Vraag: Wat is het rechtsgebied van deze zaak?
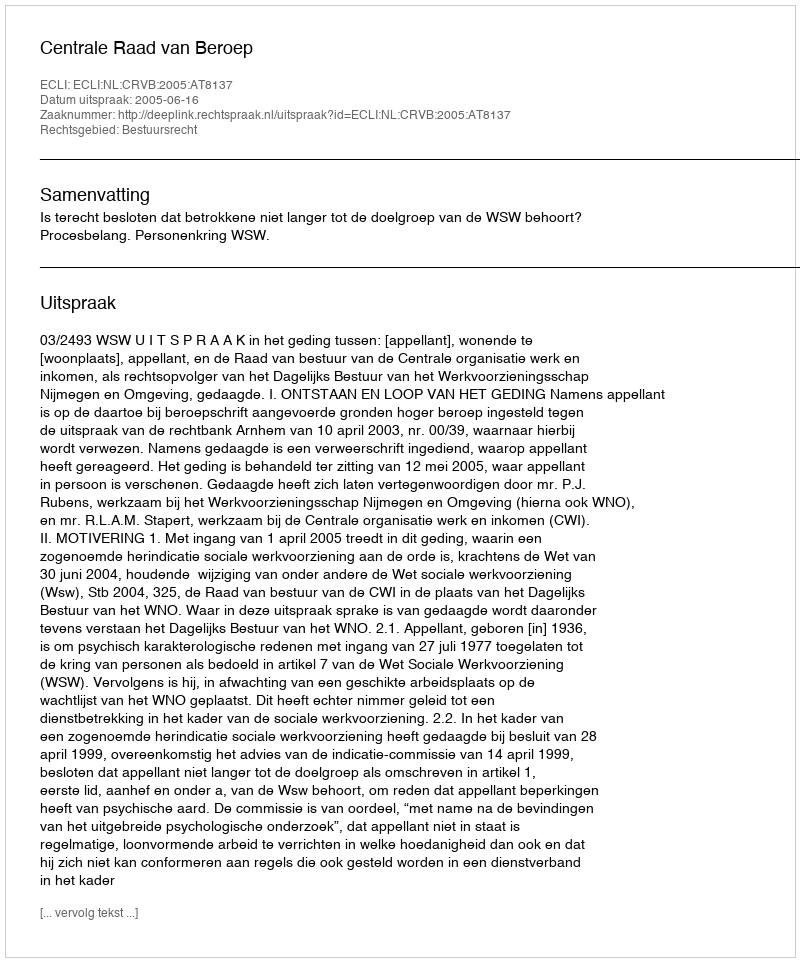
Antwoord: Bestuursrecht